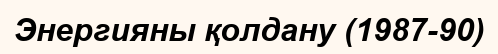
Энергияны қолдану (1987-90)